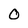
Character: 0